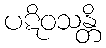
ပဋိဝသန္တိ